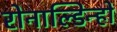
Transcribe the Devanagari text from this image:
रोनाल्‍डिन्‍हो